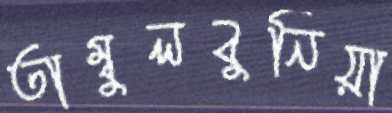
তাম্বুলবুনিয়া